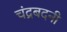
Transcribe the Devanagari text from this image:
चंद्रबदनी